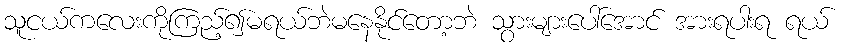
သူငယ်ကလေးကိုကြည့်၍မရယ်ဘဲမနေနိုင်တော့ဘဲ သွားများပေါ်အောင် အားရပါးရ ရယ်